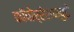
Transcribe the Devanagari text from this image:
कॉपोर्रेशनपुढे